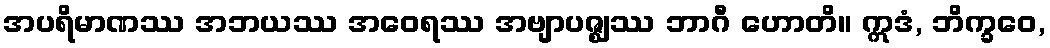
အပရိမာဏဿ အဘယဿ အဝေရဿ အဗျာပဇ္ဈဿ ဘာဂီ ဟောတိ။ ဣဒံ, ဘိက္ခဝေ,